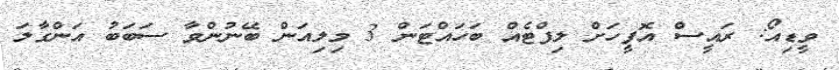
ވީޑިއޯ: ރައީސް އޮފީހަށް ލިފްޓެއް ބަހައްޓަން 3 މިލިއަން ބޭނުންވާ ސަބަބު އަންގާލަ